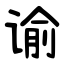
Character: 谕